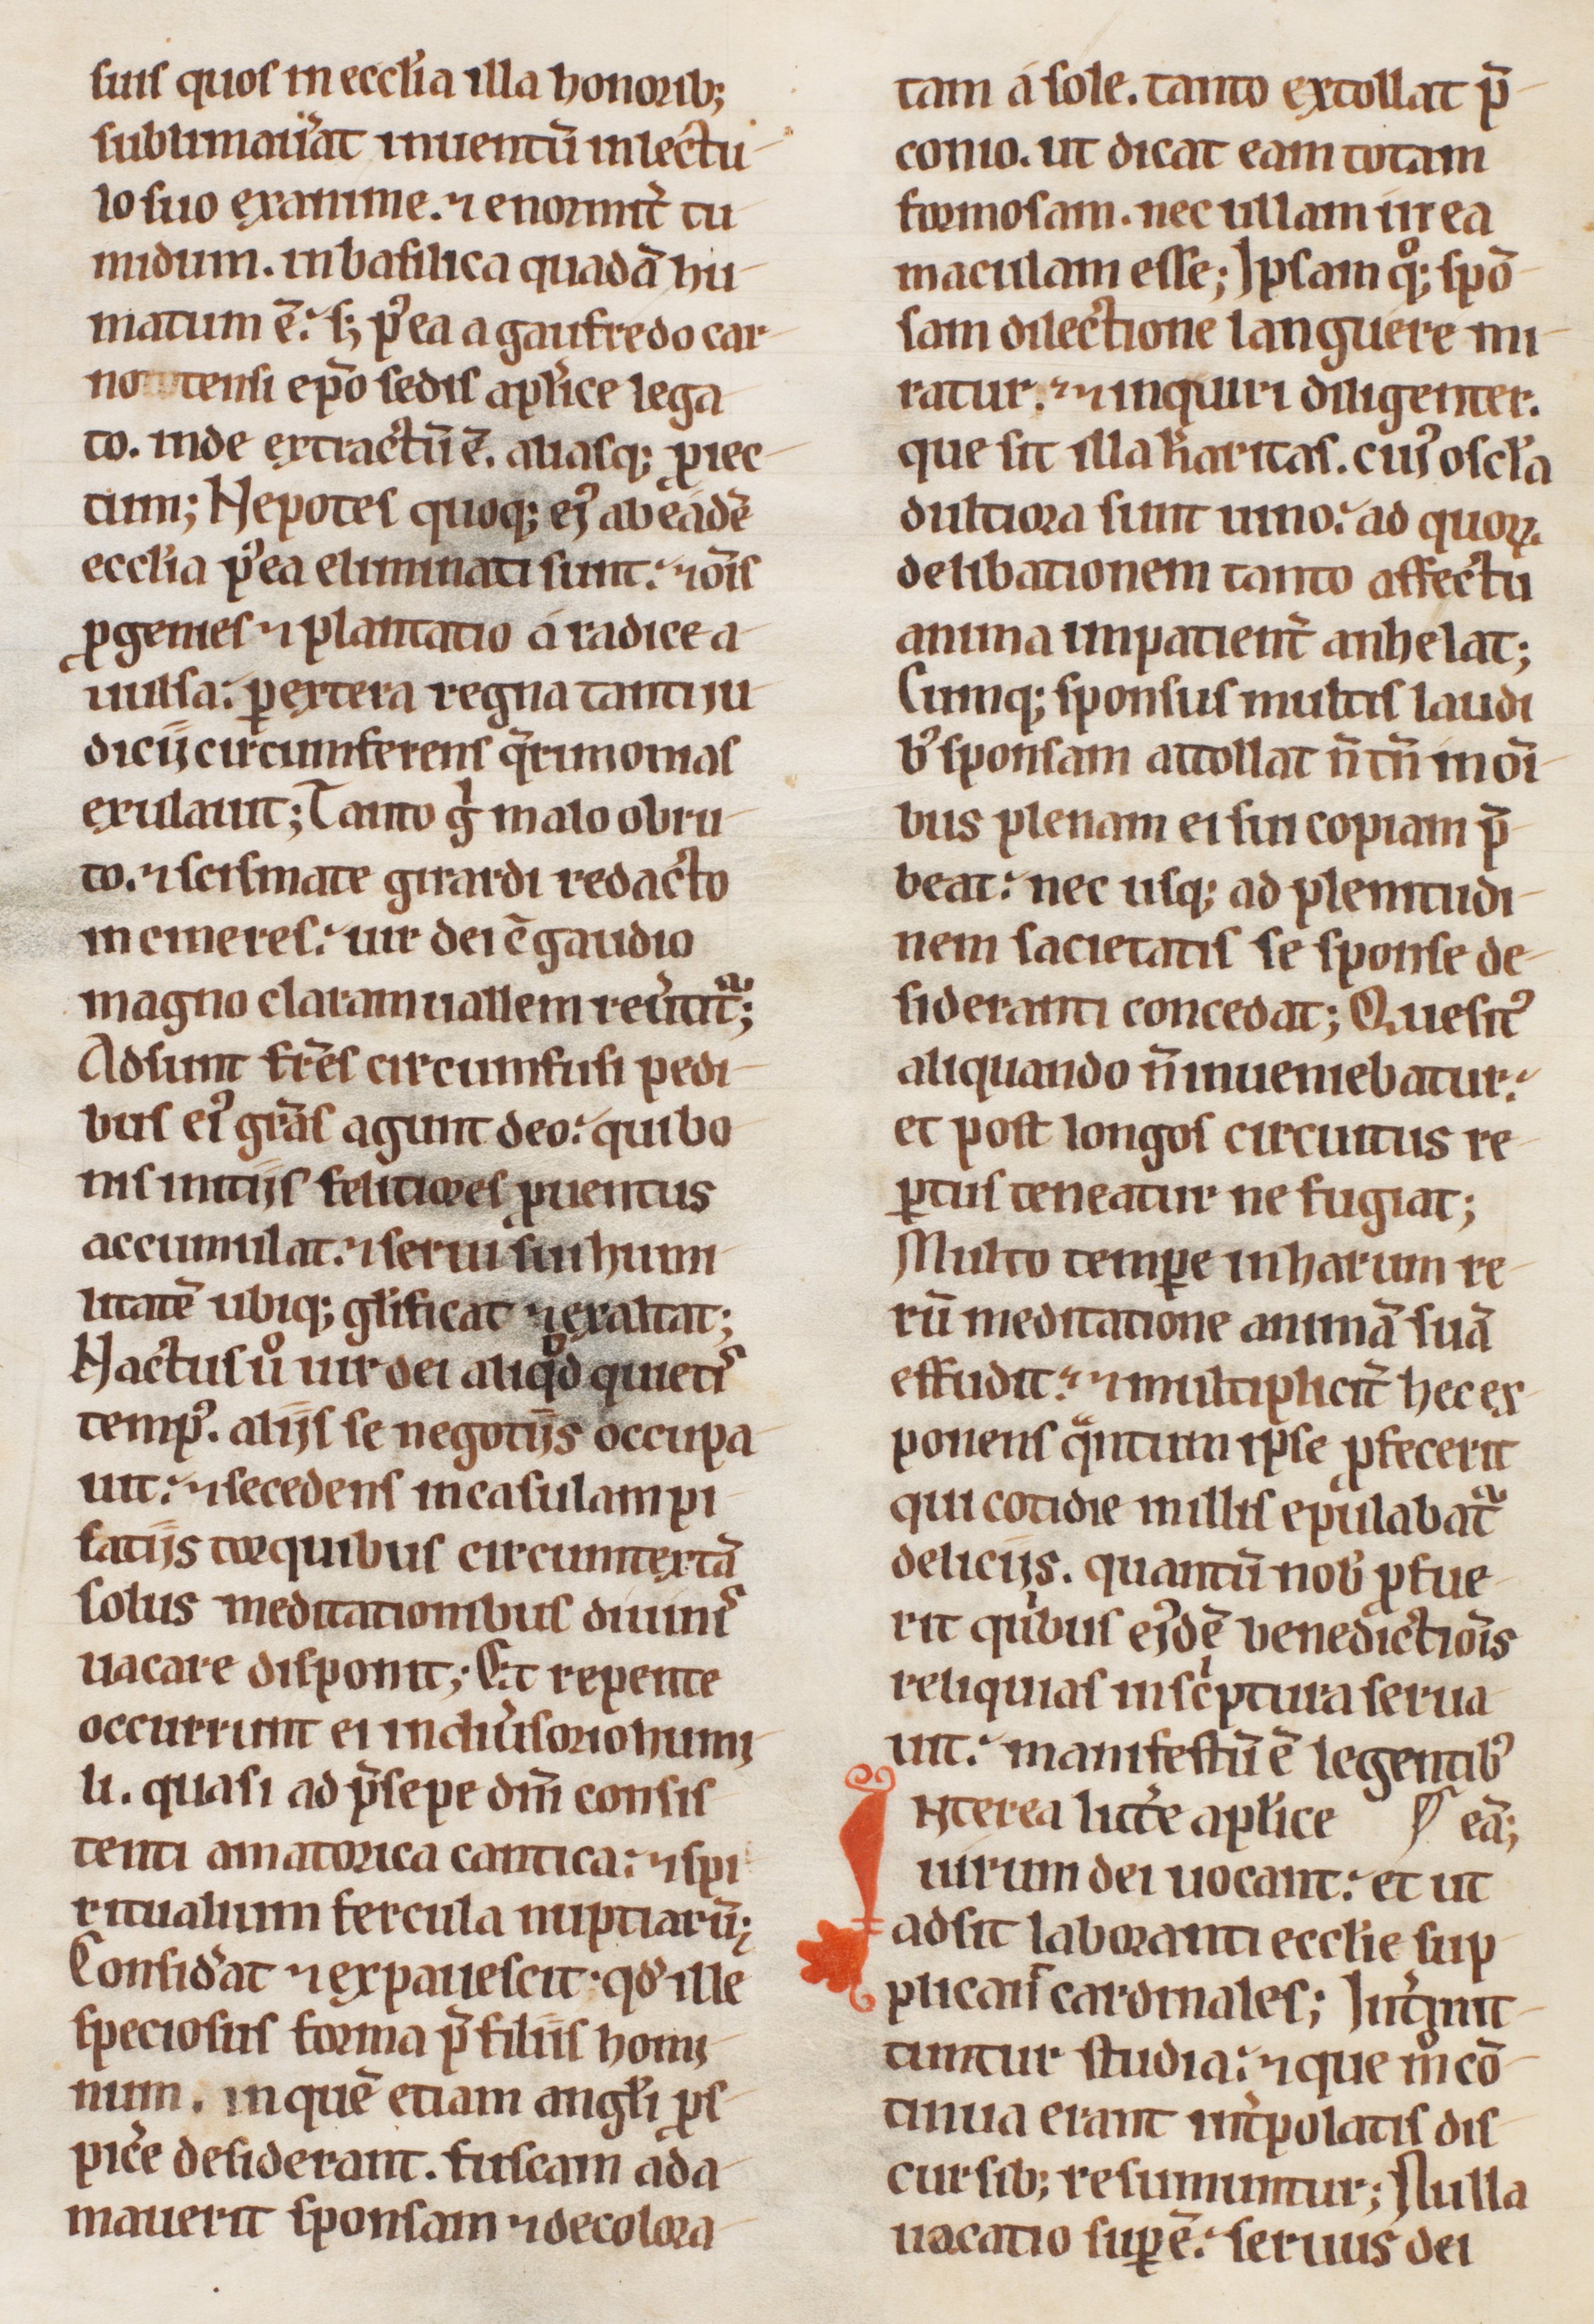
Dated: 1200–1230